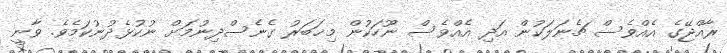
ރާއްޖޭގެ އެއްވެސް ޗެނަލަކުން އަދި އެއްވެސް ނޫހަކުން މިޚަބަރު ގެނެސްދިނުމަށް ނުކުޅެދުނުކަމެވެ. ވާނީ